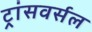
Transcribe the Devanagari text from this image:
ट्रांसवर्सल